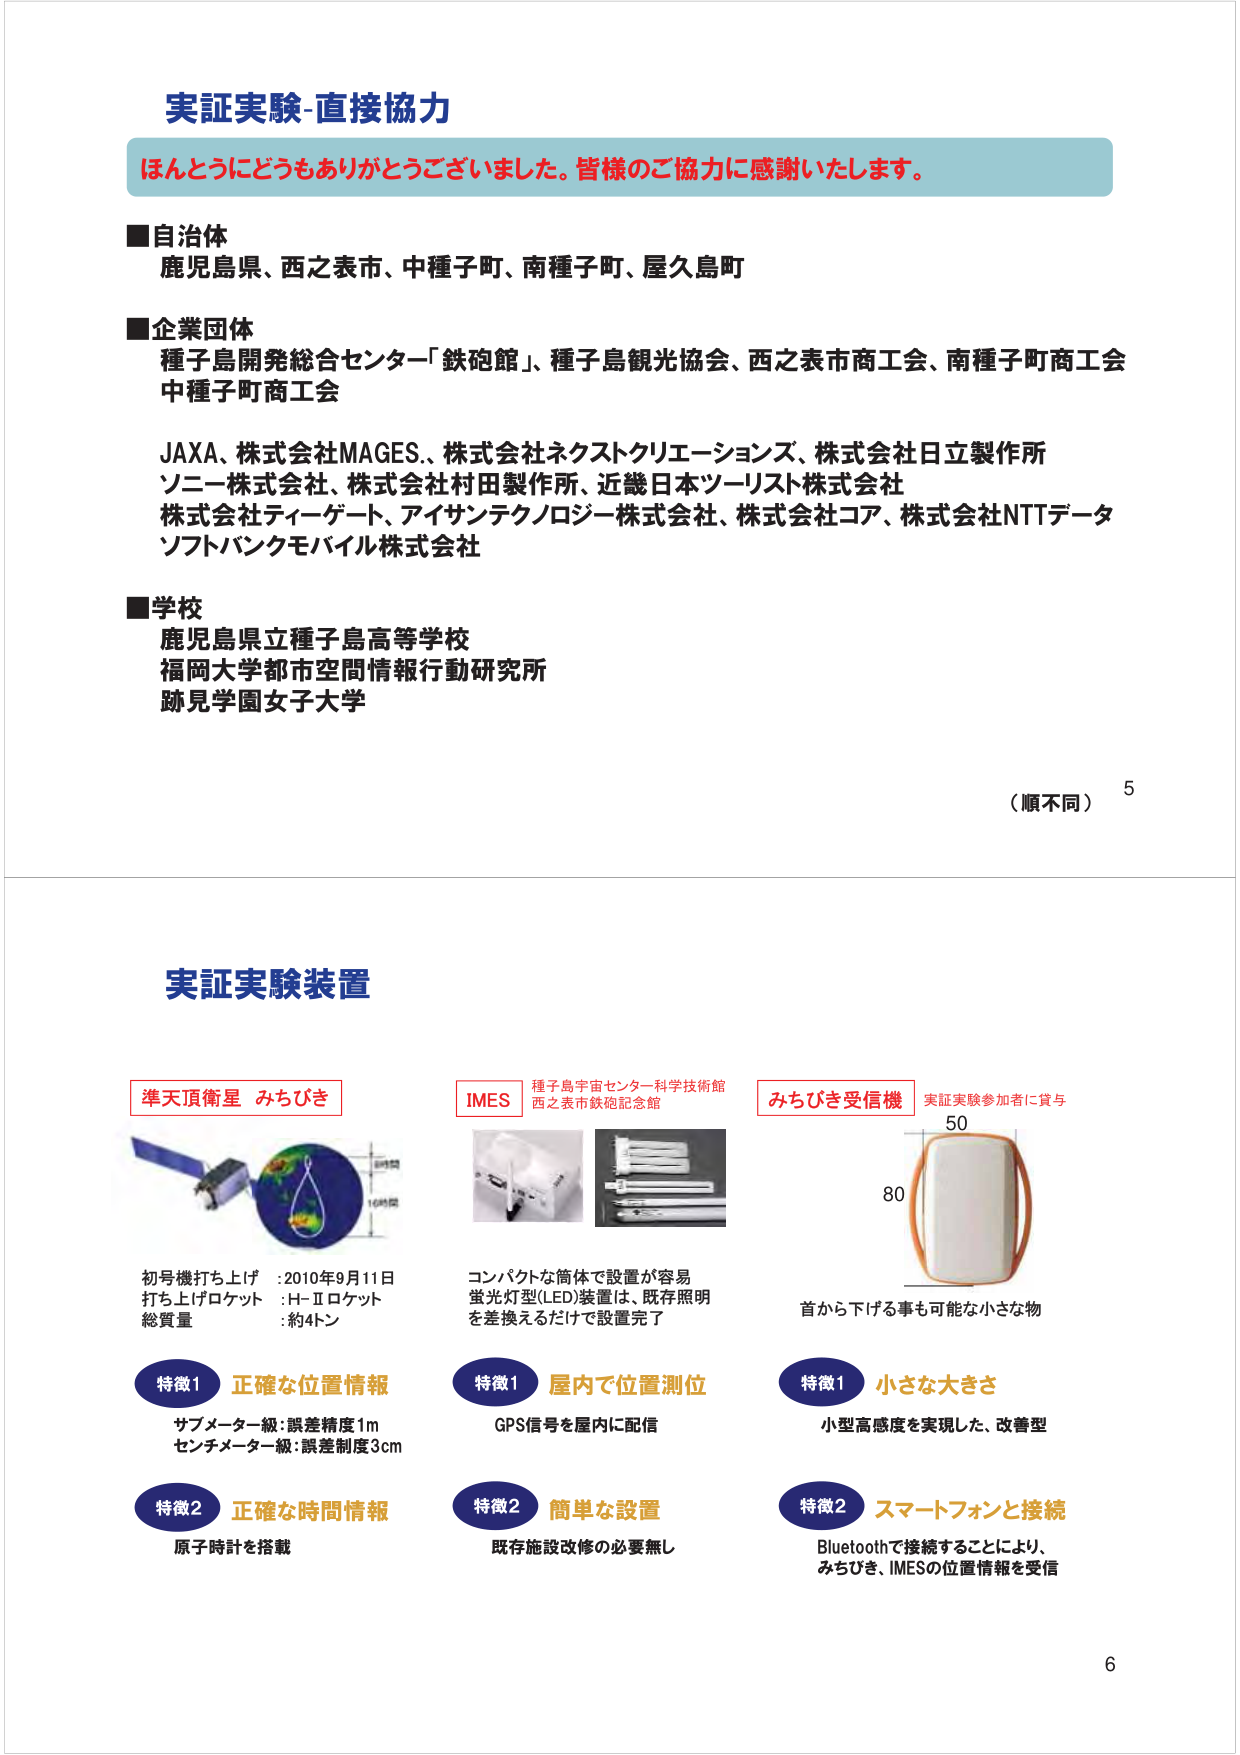
実証実験-直接協力
ほんとうにどうもありがとうございました。皆様のご協力に感謝いたします。

■自治体
鹿児島県、西之表市、中種子町、南種子町、屋久島町

■企業団体
種子島開発総合センター「鉄砲館」、種子島観光協会、西之表市商工会、南種子町商工会
中種子町商工会
JAXA、株式会社MAGES.、株式会社ネクストクリエーションズ、株式会社日立製作所
ソニー株式会社、株式会社村田製作所、近畿日本ツーリスト株式会社
株式会社ティーゲート、アイサンテクノロジー株式会社、株式会社コア、株式会社NTTデータ
ソフトバンクモバイル株式会社

■学校
鹿児島県立種子島高等学校
福岡大学都市空間情報行動研究所
跡見学園女子大学

（順不同）
5

実証実験装置

準天頂衛星 みちびき
初号機打ち上げ：2010年9月11日
打ち上げロケット：H-Ⅱロケット
総質量：約4トン

特徴1 正確な位置情報
サブメーター級：誤差精度1m
センチメーター級：誤差制度3cm

特徴2 正確な時間情報
原子時計を搭載

IMES
種子島宇宙センター科学技術館
西之表市鉄砲記念館

コンパクトな筒体で設置が容易
蛍光灯型(LED)装置は、既存照明を差換えるだけで設置完了

特徴1 屋内で位置測位
GPS信号を屋内に配信

特徴2 簡単な設置
既存施設改修の必要無し

みちびき受信機
実証実験参加者に貸与

50
80
首から下げる事も可能な小さな物

特徴1 小さな大きさ
小型高感度を実現した、改善型

特徴2 スマートフォンと接続
Bluetoothで接続することにより、
みちびき、IMESの位置情報を受信

6